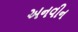
અનવીન